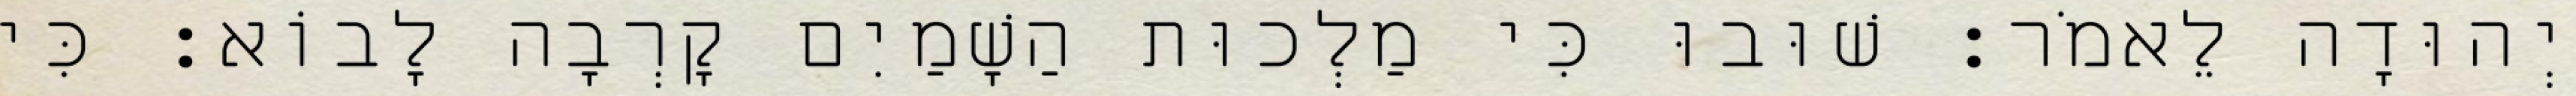
יְהוּדָה לֵאמֹר׃ שׁוּבוּ כִּי מַלְכוּת הַשָׁמַיִם קָרְבָה לָבוֹא׃ כִּי